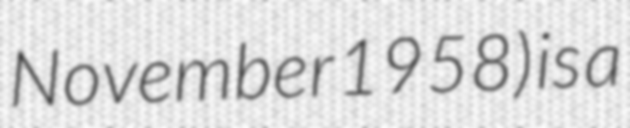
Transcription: November 1958) is a